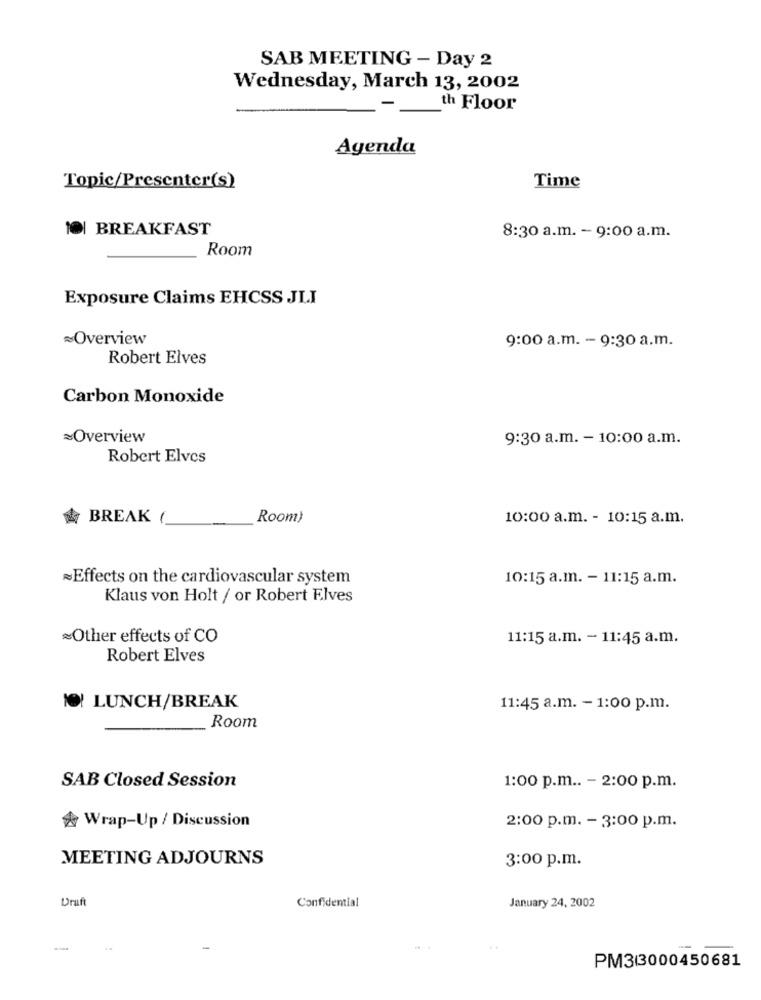
SAB MEETING - Day 2
Wednesday, March 13, 2002
th Floor
Agenda
Topic/Presenter(s)
Time
O| BREAKFAST
8:30 a.m. - 9:00 a.m.
Room
Exposure Claims EHCSS JLI
Overview
9:00 a.m. - 9:30 a.m.
Robert Elves
Carbon Monoxide
~Overview
9:30 a.m. - 10:00 a.m.
Robert Elves
BREAK (
Room)
10:00 a.m. - 10:15 a.m.
Effects on the cardiovascular system
10:15 a.m. - 11:15 a.m.
Klaus von Holt / or Robert Elves
Other effects of CO
11:15 a.m. - 11:45 a.m.
Robert Elves
10! LUNCH/BREAK
11:45 a.m. - 1:00 p.m.
Room
SAB Closed Session
1:00 p.m .. - 2:00 p.m.
& Wrap-Up / Discussion
2:00 p.m. - 3:00 p.m.
MEETING ADJOURNS
3:00 p.m.
Draft
January 24, 2002
Confidential
PM3/3000450681